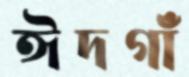
ঈদগাঁ